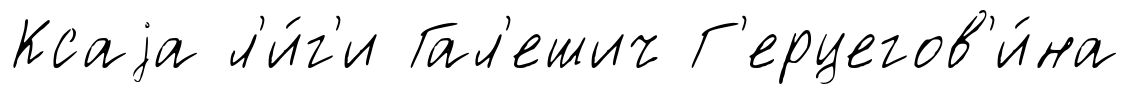
Ксаjа л'и́г'и Гал'ешич Г'ерцегов'и́на